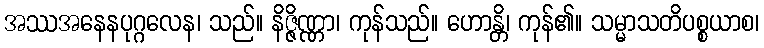
အဿအနေနပုဂ္ဂလေန၊ သည်။ နိဇ္ဇိဏ္ဏာ၊ ကုန်သည်။ ဟောန္တိ၊ ကုန်၏။ သမ္မာသတိပစ္စယာစ၊